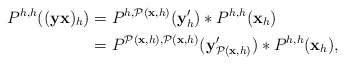
\begin{align*} P^{h,h}((\textbf{y}\textbf{x})_h)&=P^{h,\mathcal{P}(\textbf{x}, h)}(\textbf{y}'_h)*P^{h,h}(\textbf{x}_h)\\ &=P^{\mathcal{P}(\textbf{x}, h),\mathcal{P}(\textbf{x}, h)}(\textbf{y}'_{\mathcal{P}(\textbf{x}, h)})*P^{h,h}(\textbf{x}_h),\end{align*}